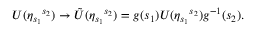
U ( { \eta } _ { s _ { 1 } } { } ^ { s _ { 2 } } ) \rightarrow { \tilde { U } } ( { \eta } _ { s _ { 1 } } { } ^ { s _ { 2 } } ) = g ( s _ { 1 } ) U ( { \eta } _ { s _ { 1 } } { } ^ { s _ { 2 } } ) g ^ { - 1 } ( s _ { 2 } ) .